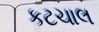
કટચાલ